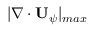
| \nabla \cdot \mathbf { U } _ { \psi } | _ { m a x }